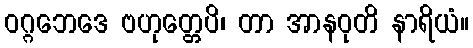
ဝဂ္ဂဘေဒေ ဗဟုတ္တေပိ၊ တာ အာနဝုတိ နာရိယံ။